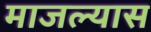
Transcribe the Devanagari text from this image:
माजल्यास